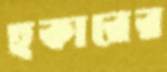
হকারের